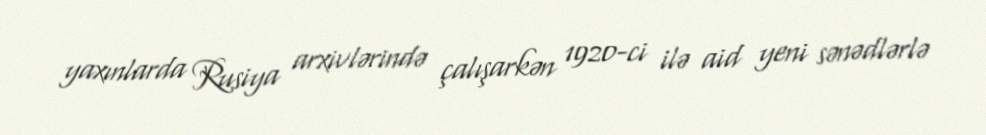
yaxınlarda Rusiya arxivlərində çalışarkən 1920-ci ilə aid yeni sənədlərlə